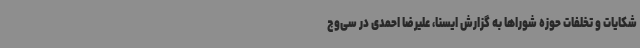
شکایات و تخلفات حوزه شوراها به گزارش ایسنا، علیرضا احمدی در سی‌وچ